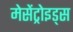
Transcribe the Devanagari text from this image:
मेसेंट्रोइड्स